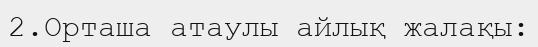
2.Орташа атаулы айлық жалақы: